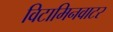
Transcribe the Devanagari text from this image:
विटामिनवाटर